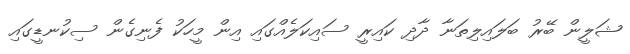
ޝަލީން ބޭރު ބަލައިލިތަނާ ދާދި ކައިރީ ސައިކަލެއްގައި އިން މީހަކު ފެނިގެން ސިކުނޑީގައި